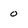
Character: o